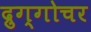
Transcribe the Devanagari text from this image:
द्रुग्गोचर